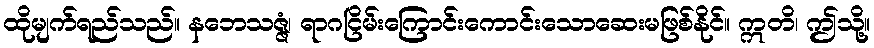
ထိုမျက်ရည်သည်။ နဘေသဇ္ဇံ၊ ရာဂငြိမ်းကြောင်းကောင်းသောဆေးမဖြစ်နိုင်။ ဣတိ၊ ဤသို့။